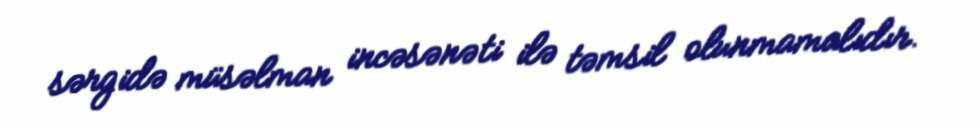
sərgidə müsəlman incəsənəti ilə təmsil olunmamalıdır.